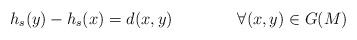
LaTeX: \begin{align*}h_s(y)-h_s(x)=d(x,y)\ \ \ \ \ \ \ \ \ \ \ \ \forall(x,y)\in G(M)\end{align*}